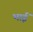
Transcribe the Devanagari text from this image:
भाईं